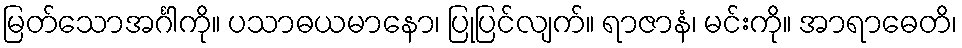
မြတ်သောအင်္ဂါကို။ ပသာဓယမာနော၊ ပြုပြင်လျက်။ ရာဇာနံ၊ မင်းကို။ အာရာဓေတိ၊